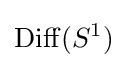
\mathrm {Diff} (S^{1})